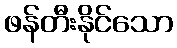
ဖန်တီးနိုင်သော